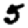
Digit: 5